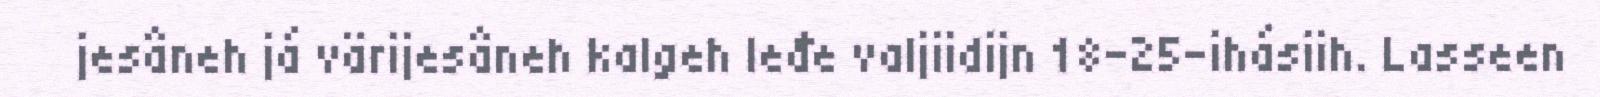
jesâneh já värijesâneh kalgeh leđe valjiidijn 18-25-ihásiih. Lasseen